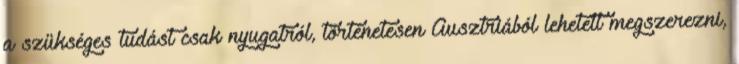
a szükséges tudást csak nyugatról, történetesen Ausztriából lehetett megszerezni,